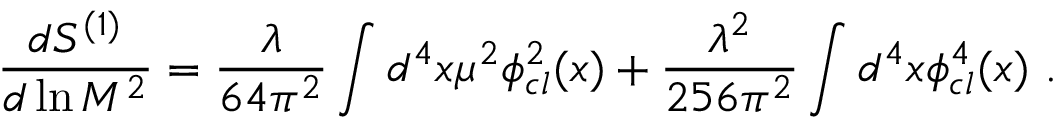
{ \frac { d S ^ { ( 1 ) } } { d \ln M ^ { 2 } } } = { \frac { \lambda } { 6 4 \pi ^ { 2 } } } \int d ^ { 4 } x \mu ^ { 2 } \phi _ { c l } ^ { 2 } ( x ) + { \frac { \lambda ^ { 2 } } { 2 5 6 \pi ^ { 2 } } } \int d ^ { 4 } x \phi _ { c l } ^ { 4 } ( x ) \, \, .